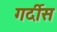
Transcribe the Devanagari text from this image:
गर्दीस